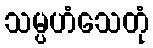
သမ္ပဟံသေတုံ